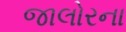
જાલોરના